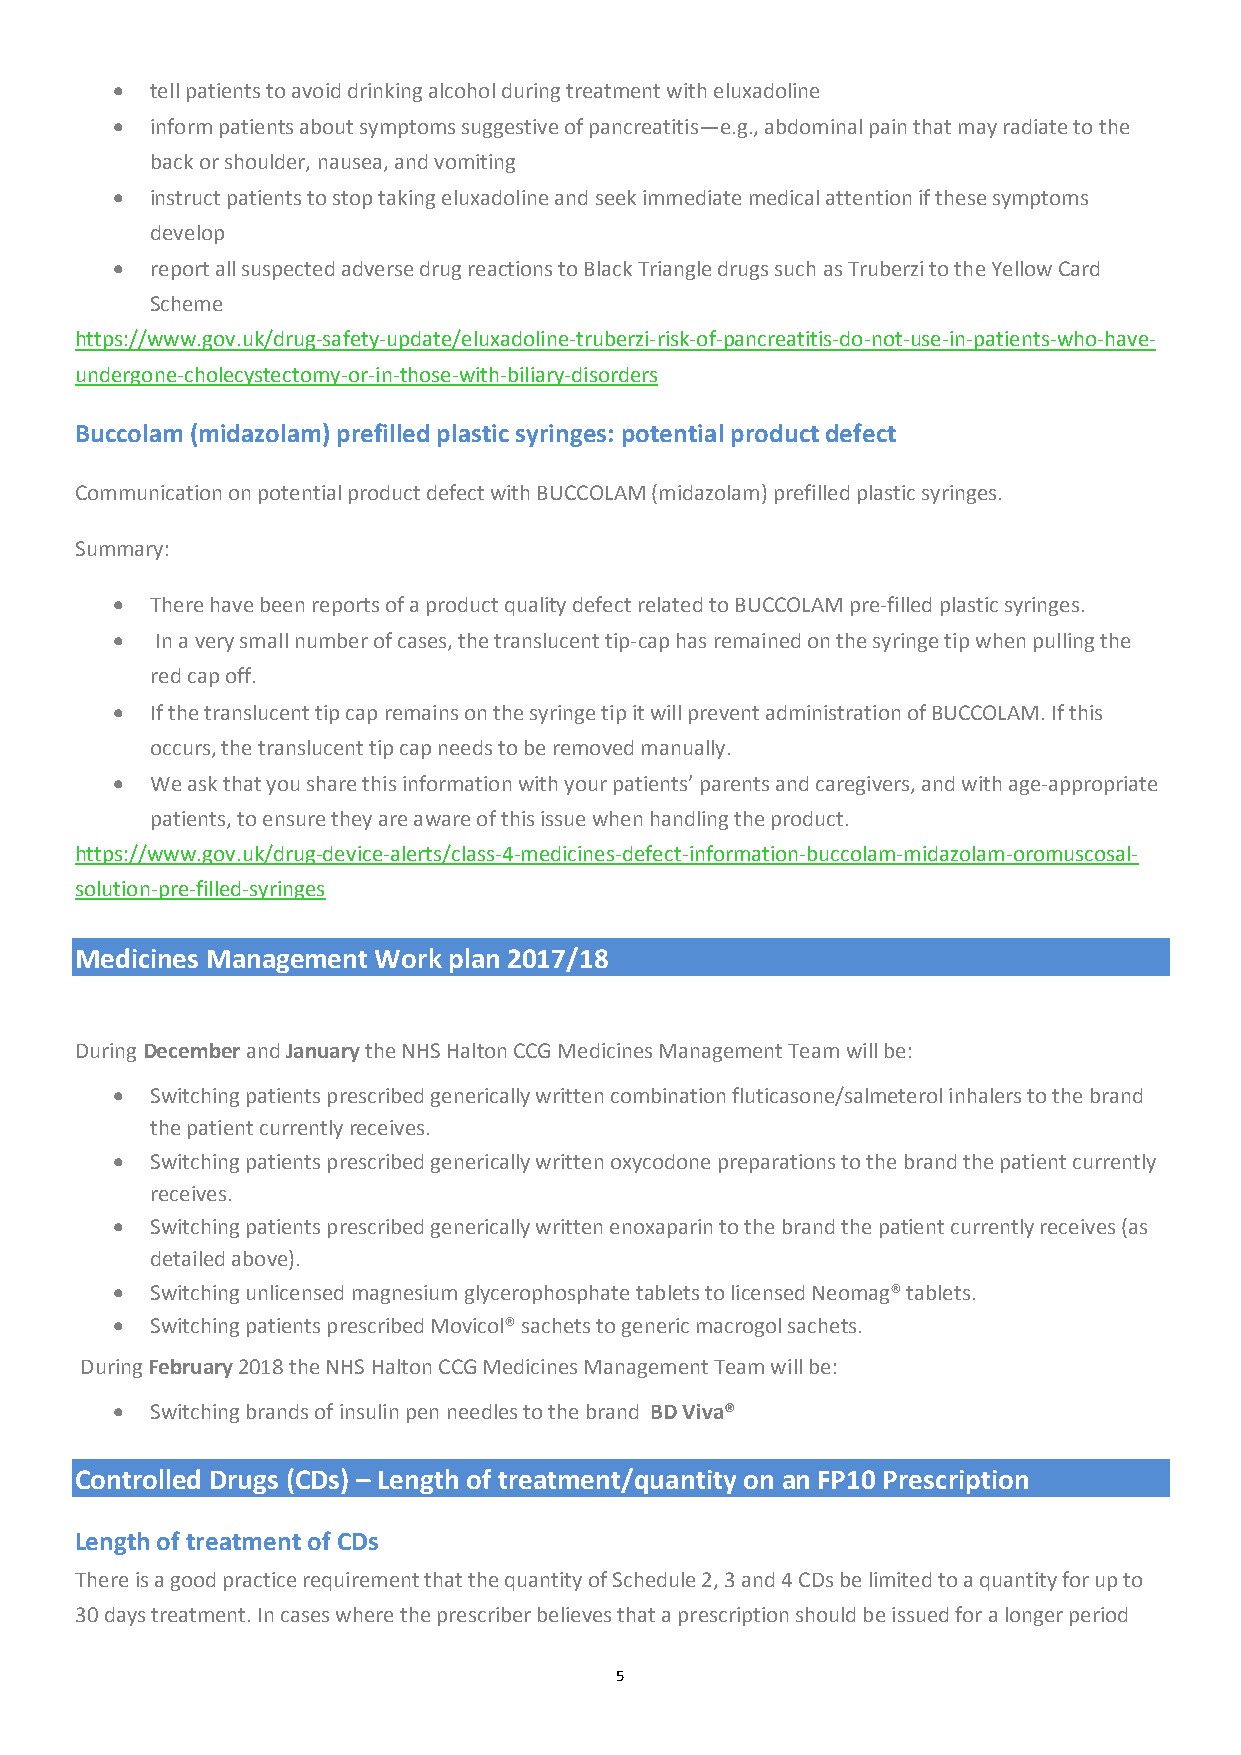
  tell patients to avoid drinking alcohol during treatment with eluxadoline
   inform patients about symptoms suggestive of pancreatitis—e.g., abdominal pain that may radiate to the
 back or shoulder, nausea, and vomiting
   instruct patients to stop taking eluxadoline and seek immediate medical attention if these symptoms
 develop
   report all suspected adverse drug reactions to Black Triangle drugs such as Truberzi to the Yellow Card
 Scheme
 https://www.gov.uk/drug-safety-update/eluxadoline-truberzi-risk-of-pancreatitis-do-not-use-in-patients-who-have-
 undergone-cholecystectomy-or-in-those-with-biliary-disorders
 Buccolam (midazolam) prefilled plastic syringes: potential product defect
 Communication on potential product defect with BUCCOLAM (midazolam) prefilled plastic syringes.
 Summary:
   There have been reports of a product quality defect related to BUCCOLAM pre‐filled plastic syringes.
   In a very small number of cases, the translucent tip‐cap has remained on the syringe tip when pulling the
 red cap off.
   If the translucent tip cap remains on the syringe tip it will prevent administration of BUCCOLAM. If this
 occurs, the translucent tip cap needs to be removed manually.
   We ask that you share this information with your patients’ parents and caregivers, and with age‐appropriate
 patients, to ensure they are aware of this issue when handling the product.
 https://www.gov.uk/drug-device-alerts/class-4-medicines-defect-information-buccolam-midazolam-oromuscosal-
 solution-pre-filled-syringes
 Medicines Management Work plan 2017/18
 During December and January the NHS Halton CCG Medicines Management Team will be:
   Switching patients prescribed generically written combination fluticasone/salmeterol inhalers to the brand
 the patient currently receives.
   Switching patients prescribed generically written oxycodone preparations to the brand the patient currently
 receives.
   Switching patients prescribed generically written enoxaparin to the brand the patient currently receives (as
 detailed above).
   Switching unlicensed magnesium glycerophosphate tablets to licensed Neomag® tablets.
   Switching patients prescribed Movicol® sachets to generic macrogol sachets.
 During February 2018 the NHS Halton CCG Medicines Management Team will be:
   Switching brands of insulin pen needles to the brand BD Viva®
 Controlled Drugs (CDs) – Length of treatment/quantity on an FP10 Prescription
 Length of treatment of CDs
 There is a good practice requirement that the quantity of Schedule 2, 3 and 4 CDs be limited to a quantity for up to
 30 days treatment. In cases where the prescriber believes that a prescription should be issued for a longer period
 5